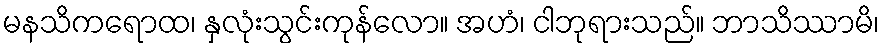
မနသိကရောထ၊ နှလုံးသွင်းကုန်လော။ အဟံ၊ ငါဘုရားသည်။ ဘာသိဿာမိ၊